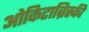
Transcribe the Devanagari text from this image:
ओकिटाब्रिस्की